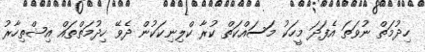
ހިދުމަތް ނުވަތަ އެފަދަ މީހަކު މަސައްކަތް ކުރާ ކްލިނިކަކުން ދެވޭ ހިދުމަތްތައް އިޝްތިހާރު